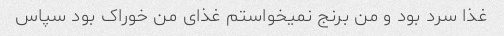
غذا سرد بود و من برنج نمیخواستم غذای من خوراک بود سپاس